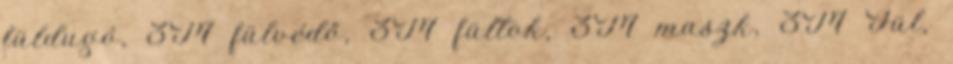
füldugó, 3M fülvédő, 3M fültok, 3M maszk, 3M Fül,